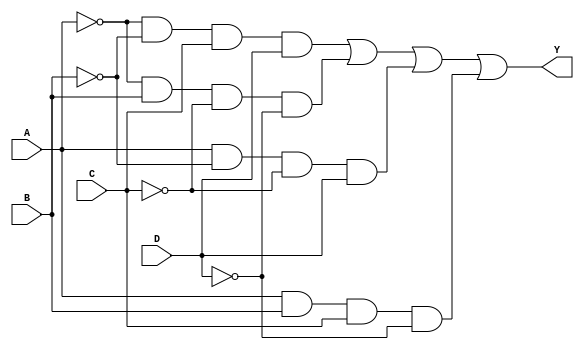
module KMap_4Variable (
    input wire A,     // Input variable A
    input wire B,     // Input variable B
    input wire C,     // Input variable C
    input wire D,     // Input variable D
    output wire Y     // Output Y
);

// Combinational logic implementation based on the K-map
assign Y = (~A & ~B & C & D) |  // A'B'CD
           (~A & B & ~C & ~D) | // A'BC'D'
           (A & ~B & ~C & D) |  // AB'C'D
           (A & B & C & ~D);    // ABCD'

endmodule